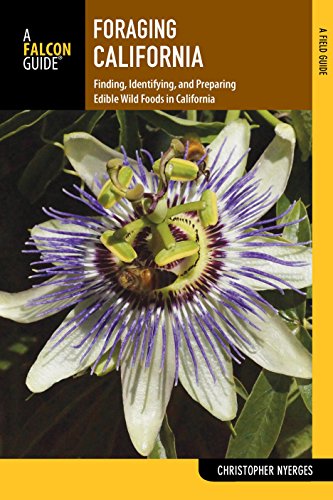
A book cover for Foraging California: Finding, Identifying, And Preparing Edible Wild Foods In California (Foraging Series); Christopher Nyerges; Sports & Outdoors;